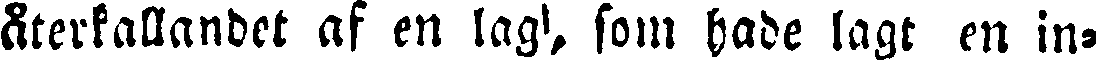
återkallandet af en lag', som hade lagt en in-